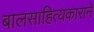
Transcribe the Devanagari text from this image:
बालसाहित्यकाराने